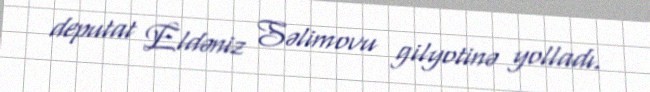
deputat Eldəniz Səlimovu gilyotinə yolladı.